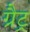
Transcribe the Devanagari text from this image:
ग्रैट्र